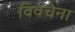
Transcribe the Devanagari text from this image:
विवचेना